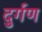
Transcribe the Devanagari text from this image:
दुर्गण